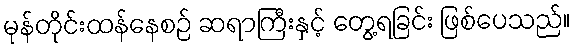
မုန်တိုင်းထန်နေစဉ် ဆရာကြီးနှင့် တွေ့ရခြင်း ဖြစ်ပေသည်။